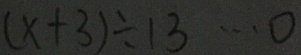
( x + 3 ) \div 1 3 \cdots 0